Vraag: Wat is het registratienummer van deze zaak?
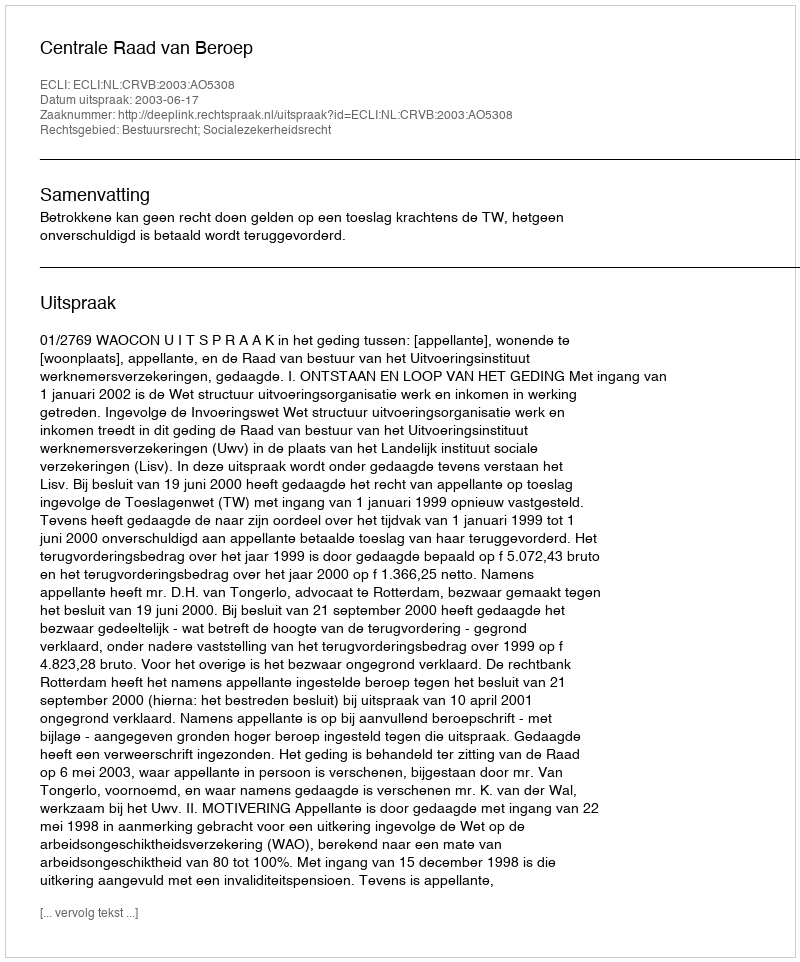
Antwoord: http://deeplink.rechtspraak.nl/uitspraak?id=ECLI:NL:CRVB:2003:AO5308